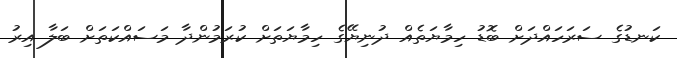
ކަނޑުގެ ސަރަހައްދަށް ބޮޑު ހިމާޔަތެއް ދުނިޔޭގެ ހިމާޔަތަށް ކުރަމުންދާ މަސައްކަތަށް ބަލާ އިރު